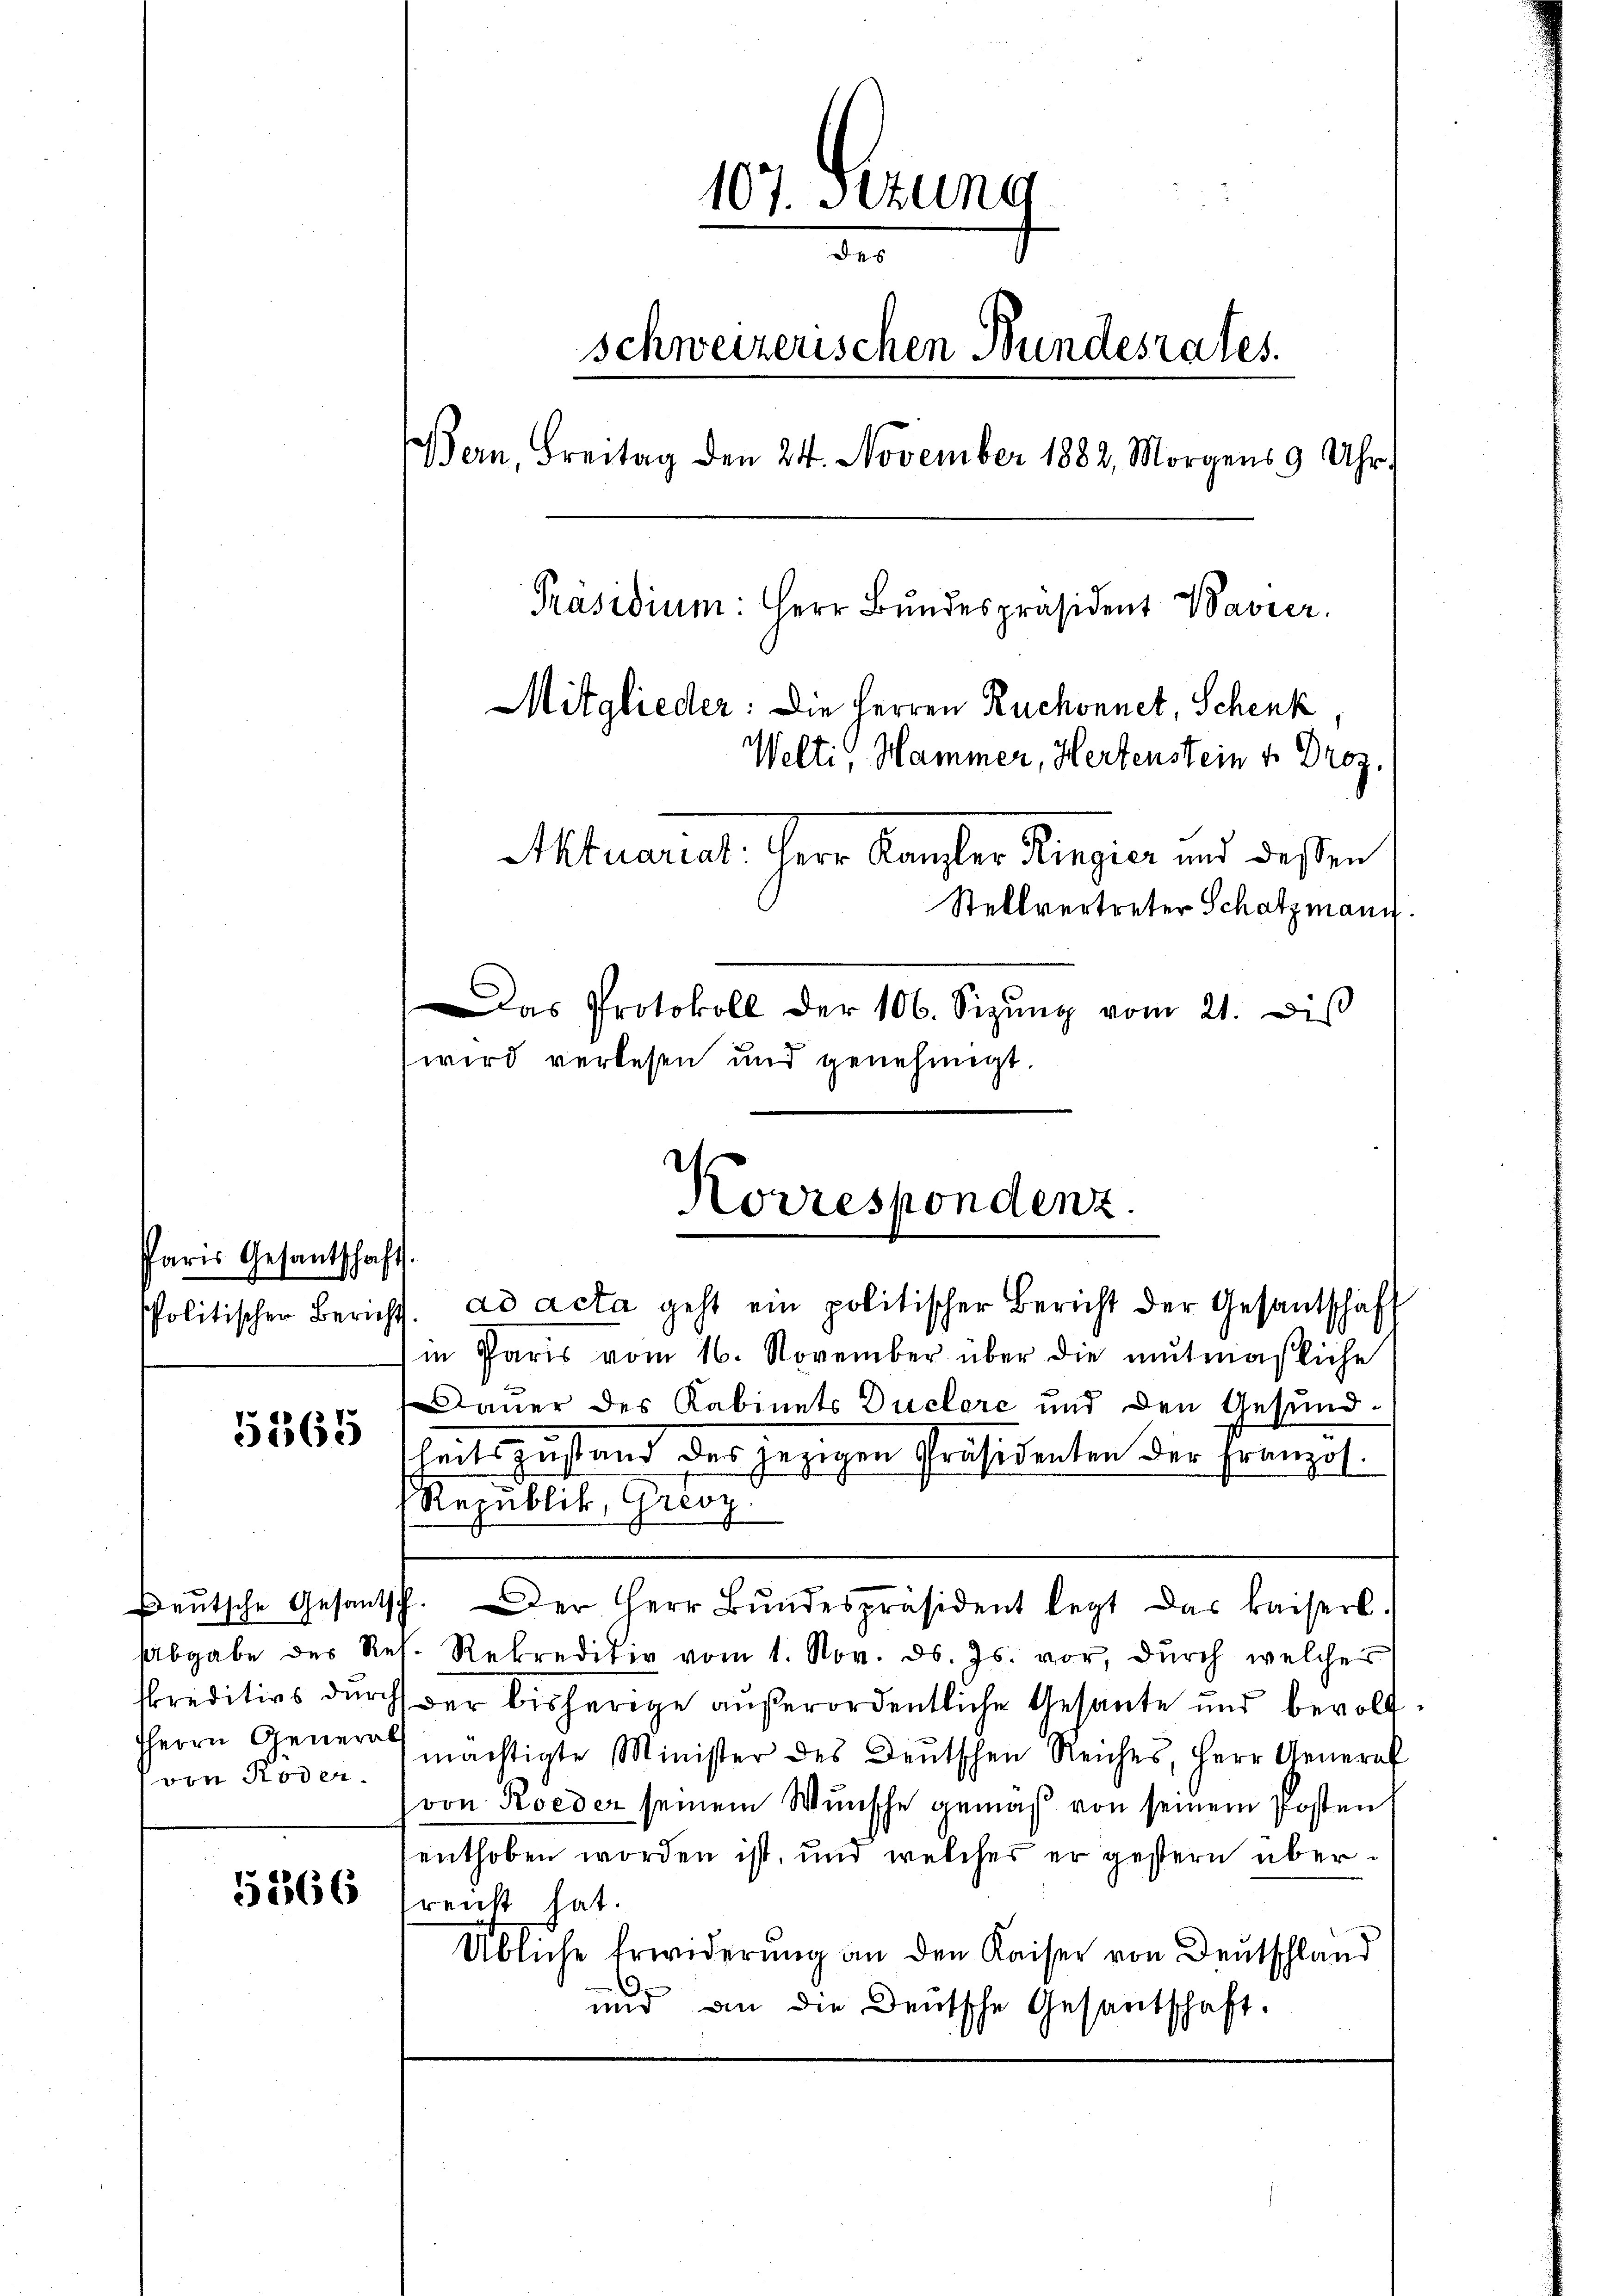
Paris Gesantschaft.

5565

von Koder

5366

107. Setzung
der
schweizerischen Bundesrates.
Bern, Breitag den 24. November 1882, Morgens 9 Uhr.
Präsidium: Herr Bŭndespräsident Bavier.
Mitglieder: Die Herren Ruchonnet, Schenk
Welti, Hammer, Hertenstein v. Droz.
Aktuariat. Herr Kanzler Ringier und dessen
Stellvertreter Schatzmann.
Das Protokoll der 106. Sizŭng vom 21. diβ
wird verlesen und genehmigt.

in Paris vom 16. November über die mutmaßliche
Dauer des Kabinets Ductore und den Gesundheitszustand des jezigen Präsidenten der Franzol
Republik, Grenz
Deutsche Gesantsch. Der Herr Bŭndespräsident legt das kaiserl.
sabgabe des Res. Rekreditiv vom 1. Nov. ds. Js. vor, dŭrch welcher
kreditivs durch der bisherige außerordentliche Gesante und bevoll¬
HHerrn Gener mächtigte Minister des Deutschen Reiches, Herr Generaf
von Roeder seinem Wunsche gemäß von seinem Posten
enthoben worden ist, und welcher er gestern übersreicht hat.
Übliche Erwiderung an den Kaiser von Deutschland
und an die Deutsche Gesantschaft.

Korrespondenz.
politischen Bericht. ad acta geht ein politischer Bericht der Gesantschaft